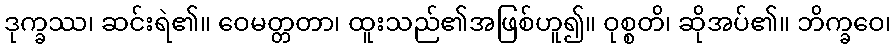
ဒုက္ခဿ၊ ဆင်းရဲ၏။ ဝေမတ္တတာ၊ ထူးသည်၏အဖြစ်ဟူ၍။ ဝုစ္စတိ၊ ဆိုအပ်၏။ ဘိက္ခဝေ၊